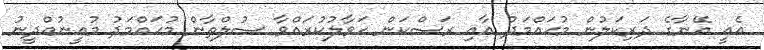
އެއީ އޭނާގެ ދަރިކަލުން މުޙައްމަދު އާއި ރަސްކަން ހަވާލުކުރައްވާ ސުލްޠާން މުޙައްމަދު މުޢީނުއްދީނު